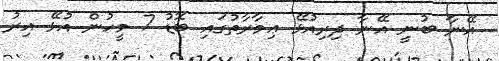
އޭނާ ބުނީ އޭނާ ދިރިއުޅޭ ޢިމާރާތުގައި ބޮޑު 7 މީހުން އުޅޭ އިރު